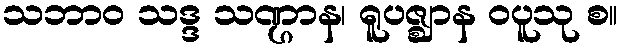
သဘာဝ သဒ္ဒ သဏ္ဌာန၊ ရူပဇ္ဈာန ဝပူသု စ။